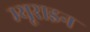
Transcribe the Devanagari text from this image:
म्यूराइन